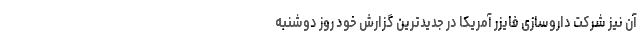
آن نیز شرکت داروسازی فایزر آمریکا در جدیدترین گزارش خود روز دوشنبه